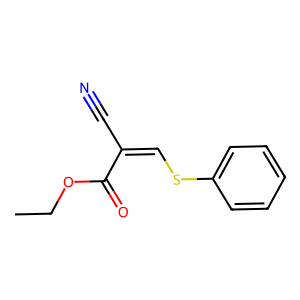
SMILES: CCOC(=O)C(C#N)=CSc1ccccc1
Inhibits HIV replication: No